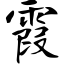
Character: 霞